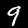
Digit: 9